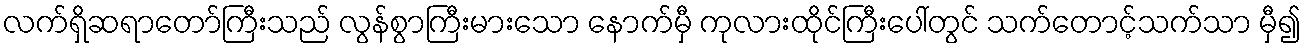
လက်ရှိဆရာတော်ကြီးသည် လွန်စွာကြီးမားသော နောက်မှီ ကုလားထိုင်ကြီးပေါ်တွင် သက်တောင့်သက်သာ မှီ၍